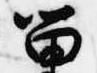
留